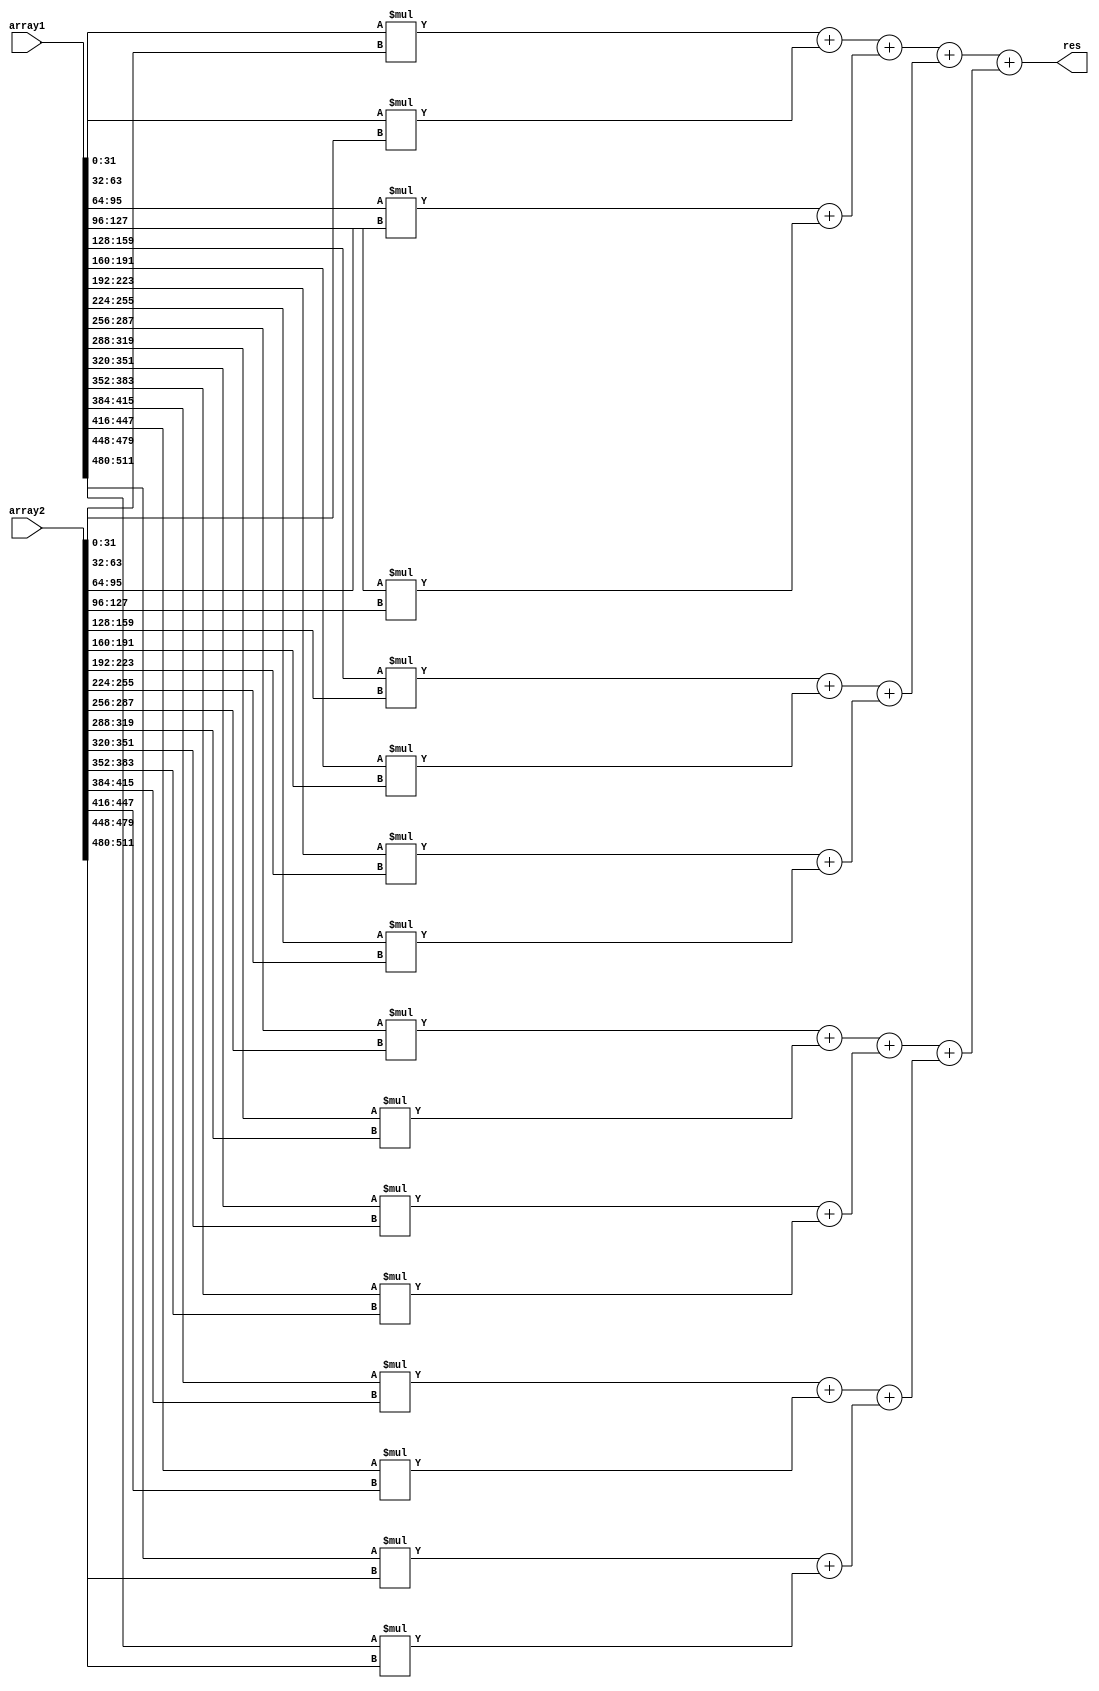
module array_mul(
	input [511:0] array1,
	input [511:0] array2,
	output [31:0] res
);

wire [31:0] mul_0;
wire [31:0] mul_1;
wire [31:0] mul_2;
wire [31:0] mul_3;
wire [31:0] mul_4;
wire [31:0] mul_5;
wire [31:0] mul_6;
wire [31:0] mul_7;
wire [31:0] mul_8;
wire [31:0] mul_9;
wire [31:0] mul_10;
wire [31:0] mul_11;
wire [31:0] mul_12;
wire [31:0] mul_13;
wire [31:0] mul_14;
wire [31:0] mul_15;

wire [31:0] add_0;
wire [31:0] add_1;
wire [31:0] add_2;
wire [31:0] add_3;
wire [31:0] add_4;
wire [31:0] add_5;
wire [31:0] add_6;
wire [31:0] add_7;
wire [31:0] add_8;

wire [31:0] add_1_0;
wire [31:0] add_1_1;
wire [31:0] add_1_2;
wire [31:0] add_1_3;

wire [31:0] add_2_0;
wire [31:0] add_2_1;



assign mul_0 = array1[31:0]*array2[31:0];
assign mul_1 = array1[63:32]*array2[63:32];
assign mul_2 = array1[95:64]*array2[95:64];
assign mul_3 = array1[127:96]*array2[127:96];
assign mul_4 = array1[159:128]*array2[159:128];
assign mul_5 = array1[191:160]*array2[191:160];
assign mul_6 = array1[223:192]*array2[223:192];
assign mul_7 = array1[255:224]*array2[255:224];
assign mul_8 = array1[287:256]*array2[287:256];
assign mul_9 = array1[319:288]*array2[319:288];
assign mul_10 = array1[351:320]*array2[351:320];
assign mul_11 = array1[383:352]*array2[383:352];
assign mul_12 = array1[415:384]*array2[415:384];
assign mul_13 = array1[447:416]*array2[447:416];
assign mul_14 = array1[479:448]*array2[479:448];
assign mul_15 = array1[511:480]*array2[511:480];

assign add_0 = mul_0 + mul_1;
assign add_1 = mul_2 + mul_3;
assign add_2 = mul_4 + mul_5;
assign add_3 = mul_6 + mul_7;
assign add_4 = mul_8 + mul_9;
assign add_5 = mul_10 + mul_11;
assign add_6 = mul_12 + mul_13;
assign add_7 = mul_14 + mul_15;


assign add_1_0 = add_0 + add_1;
assign add_1_1 = add_2 + add_3;
assign add_1_2 = add_4 + add_5;
assign add_1_3 = add_6 + add_7;

assign add_2_0 = add_1_0 + add_1_1;
assign add_2_1 = add_1_2 + add_1_3;

assign res =  add_2_0 + add_2_1;

endmodule